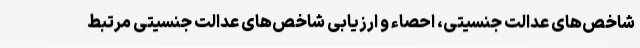
شاخص‌های عدالت جنسیتی، احصاء و ارزیابی شاخص‌های عدالت جنسیتی مرتبط